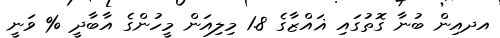
އދއިން ބުނާ ގޮތުގައި ޣައްޒާގެ 1.8 މިލިއަން މީހުންގެ އާބާދީ % ވަނީ